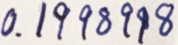
0 . 1 9 9 8 9 9 8